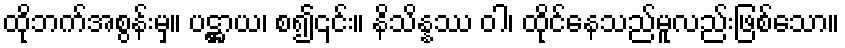
ထိုဘက်အစွန်းမှ။ ပဋ္ဌာယ၊ စ၍၎င်း။ နိသိန္နဿ ဝါ၊ ထိုင်နေသည်မူလည်းဖြစ်သော။